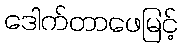
ဒေါက်တာဖေမြင့်